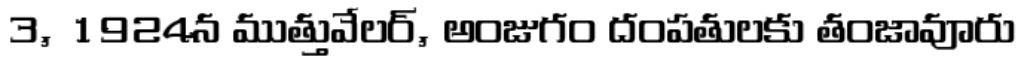
3, 1924న ముత్తువేలర్, అంజుగం దంపతులకు తంజావూరు